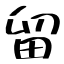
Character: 留